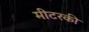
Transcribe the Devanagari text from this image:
मीटरकी